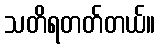
သတိရတတ်တယ်။